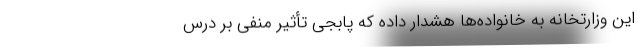
این وزارتخانه به خانواده‌ها هشدار داده که پابجی تأثیر منفی بر درس